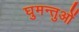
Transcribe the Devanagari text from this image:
घुमन्तुओं